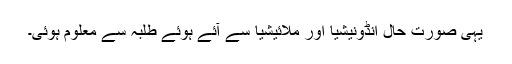
یہی صورت حال انڈونیشیا اور ملائیشیا سے آئے ہوئے طلبہ سے معلوم ہوئی۔